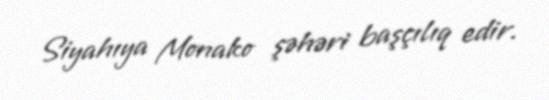
Siyahıya Monako şəhəri başçılıq edir.